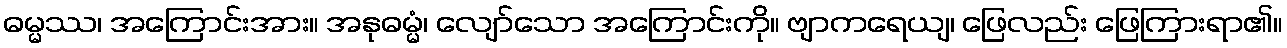
ဓမ္မဿ၊ အကြောင်းအား။ အနုဓမ္မံ၊ လျော်သော အကြောင်းကို။ ဗျာကရေယျ၊ ဖြေလည်း ဖြေကြားရာ၏။